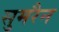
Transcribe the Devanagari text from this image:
सुमरैन